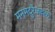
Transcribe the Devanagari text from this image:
मनमदुरैजवळ